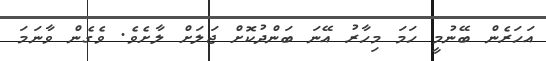
އަހަރެން ބޭނުމީ ހަމަ މިހާރު އޭނަ ބަންދުކޮށް ޖަލަށް ލާށެވެ. ވެގެން ވާނަމަ